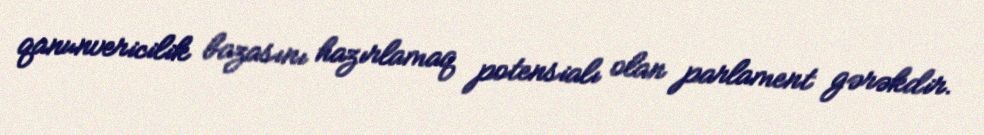
qanunvericilik bazasını hazırlamaq potensialı olan parlament gərəkdir.